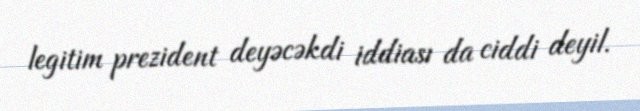
legitim prezident deyəcəkdi iddiası da ciddi deyil.